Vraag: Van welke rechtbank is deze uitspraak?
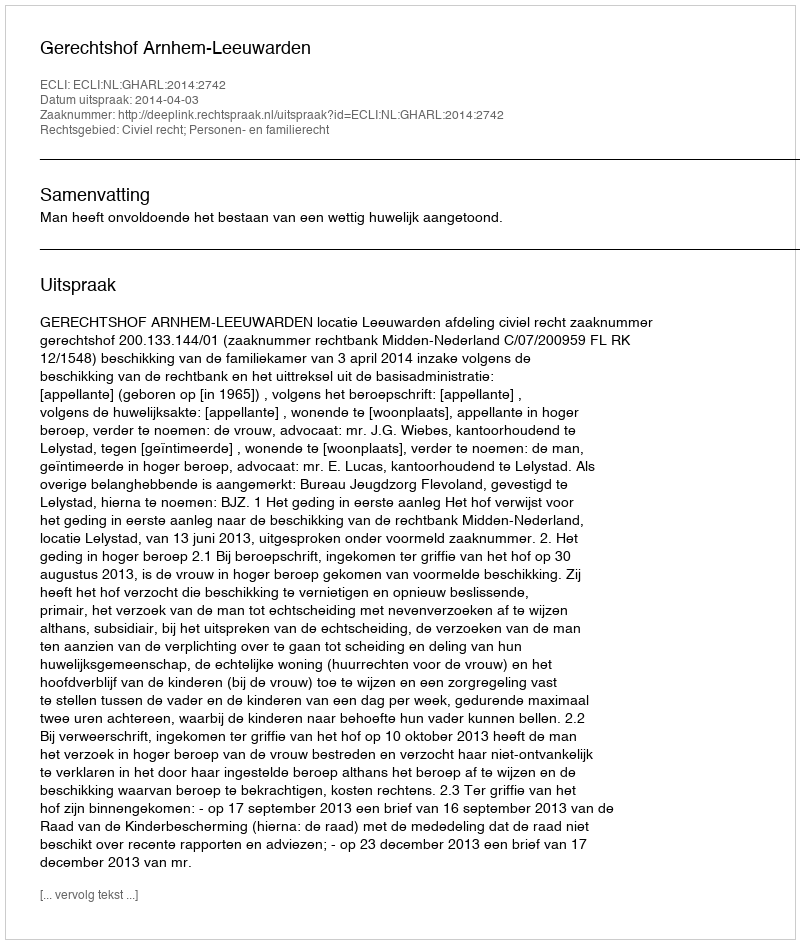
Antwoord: Gerechtshof Arnhem-Leeuwarden